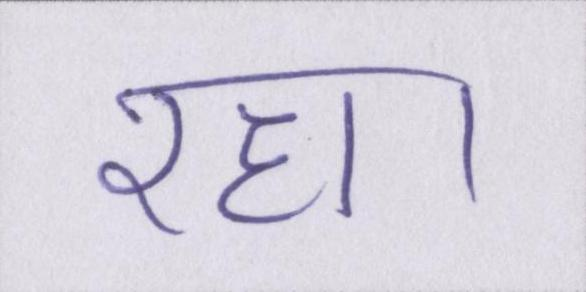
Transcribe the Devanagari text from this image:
रहा।